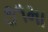
૭૧મા